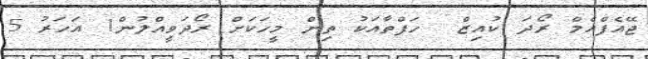
ޖޭއެފްއެމް ރޯދަ ކުއިޒް  ހަފްތާއަކު ތިން މީހަކަށް ރޯދަވީއްލުން1 އަހަރު 5